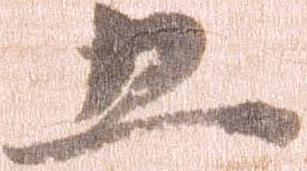
五